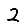
Digit: 2